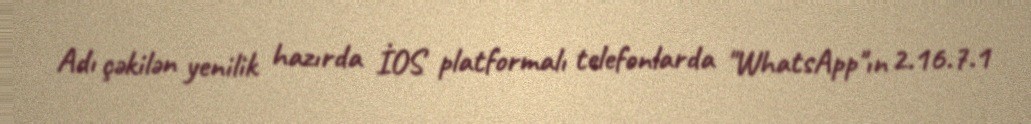
Adı çəkilən yenilik hazırda İOS platformalı telefonlarda "WhatsApp"ın 2.16.7.1